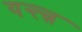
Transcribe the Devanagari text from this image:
यन्त्त्त्र